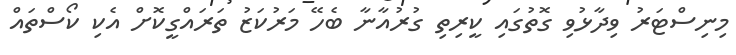
މިނިސްޓަރު ވިދާޅުވި ގޮތުގައި ކީރިތި ގުރުއާނާ ބެހޭ މަރުކަޒު ތަރައްގީކޮށް އެކި ކޯސްތައް